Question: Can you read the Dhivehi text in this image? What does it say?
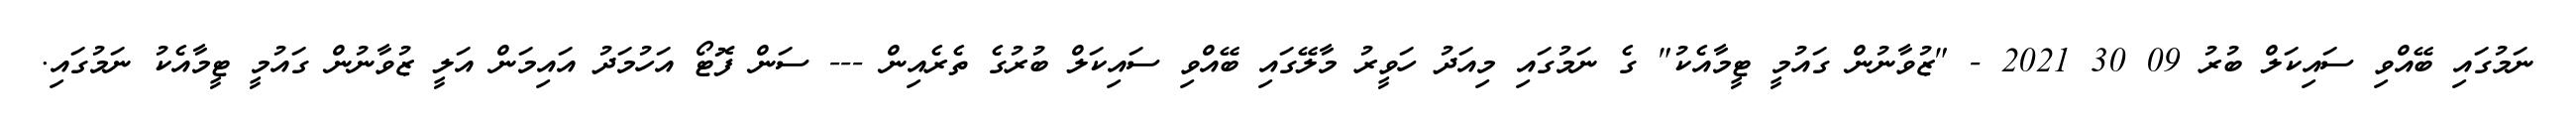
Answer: ނަމުގައި ބޭއްވި ސައިކަލް ބުރު 09 30 2021 - "ޒުވާނުން ގައުމީ ޓީމާއެކު" ގެ ނަމުގައި މިއަދު ހަވީރު މާލޭގައި ބޭއްވި ސައިކަލް ބުރުގެ ތެރެއިން --- ސަން ފޮޓޯ އަހުމަދު އައިމަން އަލީ ޒުވާނުން ގައުމީ ޓީމާއެކު ނަމުގައި.